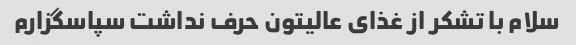
سلام با تشکر از غذای عالیتون حرف نداشت سپاسگزارم